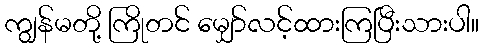
ကျွန်မတို့ ကြိုတင် မျှော်လင့်ထားကြပြီးသားပါ။